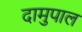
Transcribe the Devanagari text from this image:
दामुपाल